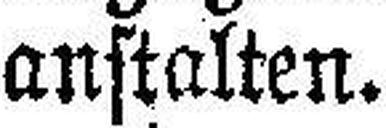
anstalten.